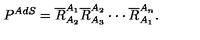
P ^ { A d S } = \overline { { R } } _ { A _ { 2 } } ^ { A _ { 1 } } \overline { { R } } _ { A _ { 3 } } ^ { A _ { 2 } } \cdot \cdot \cdot \overline { { R } } _ { A _ { 1 } } ^ { A _ { n } } .